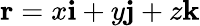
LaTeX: \mathbf{r}=x\mathbf{i}+y\mathbf{j}+z\mathbf{k}